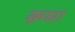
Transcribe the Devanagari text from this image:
क़घा